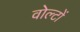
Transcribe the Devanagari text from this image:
वोल्टों